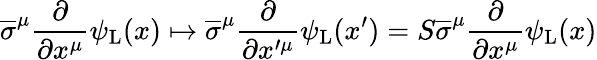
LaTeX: {\overline{{\sigma}}}^{\mu}{\frac{\partial}{\partial x^{\mu}}}\psi_{\mathrm{{L}}}(x)\mapsto{\overline{{\sigma}}}^{\mu}{\frac{\partial}{\partial x^{\prime\mu}}}\psi_{\mathrm{{L}}}(x^{\prime})=S{\overline{{\sigma}}}^{\mu}{\frac{\partial}{\partial x^{\mu}}}\psi_{\mathrm{{L}}}(x)